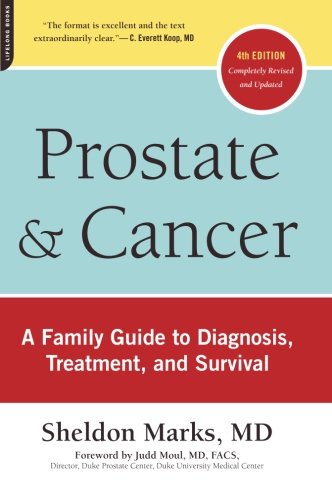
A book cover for Prostate and Cancer: A Family Guide to Diagnosis, Treatment, and Survival; Sheldon Marks MD; Health, Fitness & Dieting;